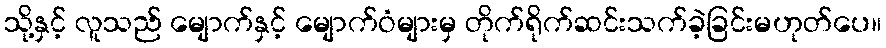
သို့နှင့် လူသည် မျောက်နှင့် မျောက်ဝံများမှ တိုက်ရိုက်ဆင်းသက်ခဲ့ခြင်းမဟုတ်ပေ။